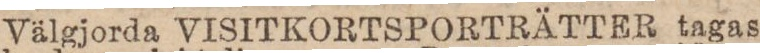
Välgjorda VISITKORTSPORTRÄTTER tagas